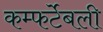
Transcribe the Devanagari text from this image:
कम्फर्टेबली